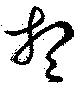
想